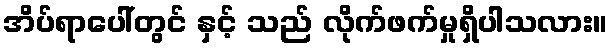
အိပ်ရာပေါ်တွင် နှင့် သည် လိုက်ဖက်မှုရှိပါသလား။